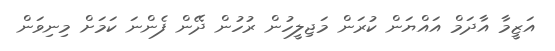
އަޒީމާ އާދަމް އައްޔަން ކުރަން މަޖިލީހުން ރުހުން ދޭން ފެންނަ ކަމަށް މިނިވަން